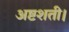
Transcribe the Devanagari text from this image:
अष्टशती।